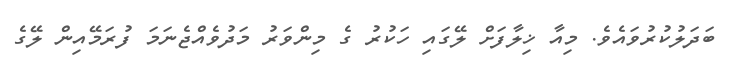
ބަދަލުކުރުވައެވެ. މިއާ ޚިލާފަށް ލޭގައި ހަކުރު ގެ މިންވަރު މަދުވެއްޖެނަމަ ފުރަމޭއިން ލޭގެ